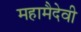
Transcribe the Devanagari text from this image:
महामैदेवी